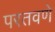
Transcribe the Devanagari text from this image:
परतवणे